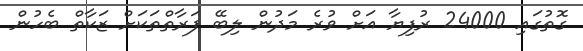
ގޮތުގައި 24000 ރުފިޔާ އަށް ވުރެ މަދުން ލިބޭ ފަރާތްތަކަށް ޒަކާތް ބެހުން